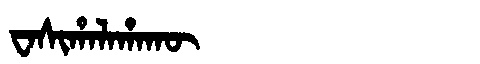
Manchu: ᠸᠠᠰᡳᡥᠠᠯᠠᡥᠠᡴᡡ
Romanization: WASIHALAHAKŪ